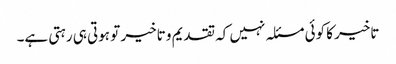
تاخیر کا کوئی مسئلہ نہیں کہ تقدیم و تاخیر تو ہوتی ہی رہتی ہے۔